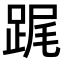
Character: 𨁱